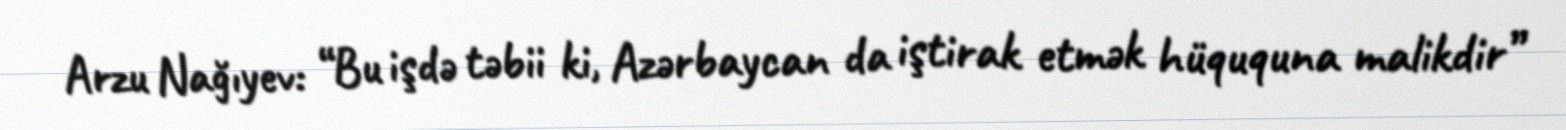
Arzu Nağıyev: “Bu işdə təbii ki, Azərbaycan da iştirak etmək hüququna malikdir”